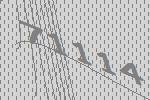
71114